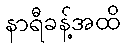
နာရီခန့်အထိ